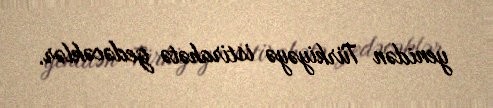
yenidən Türkiyəyə istirahətə gedəcəklər.